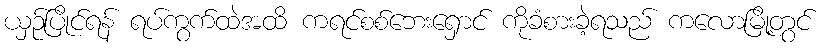
ယှဉ်ပြိုင်ရန် ရပ်ကွက်ထဲအထိ ကရင်စစ်ဘေးရှောင် ကိုခံစားခဲ့ရသည် ကလောမြို့တွင်